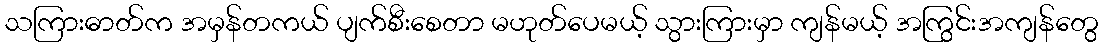
သကြားဓာတ်က အမှန်တကယ် ပျက်စီးစေတာ မဟုတ်ပေမယ့် သွားကြားမှာ ကျန်မယ့် အကြွင်းအကျန်တွေ